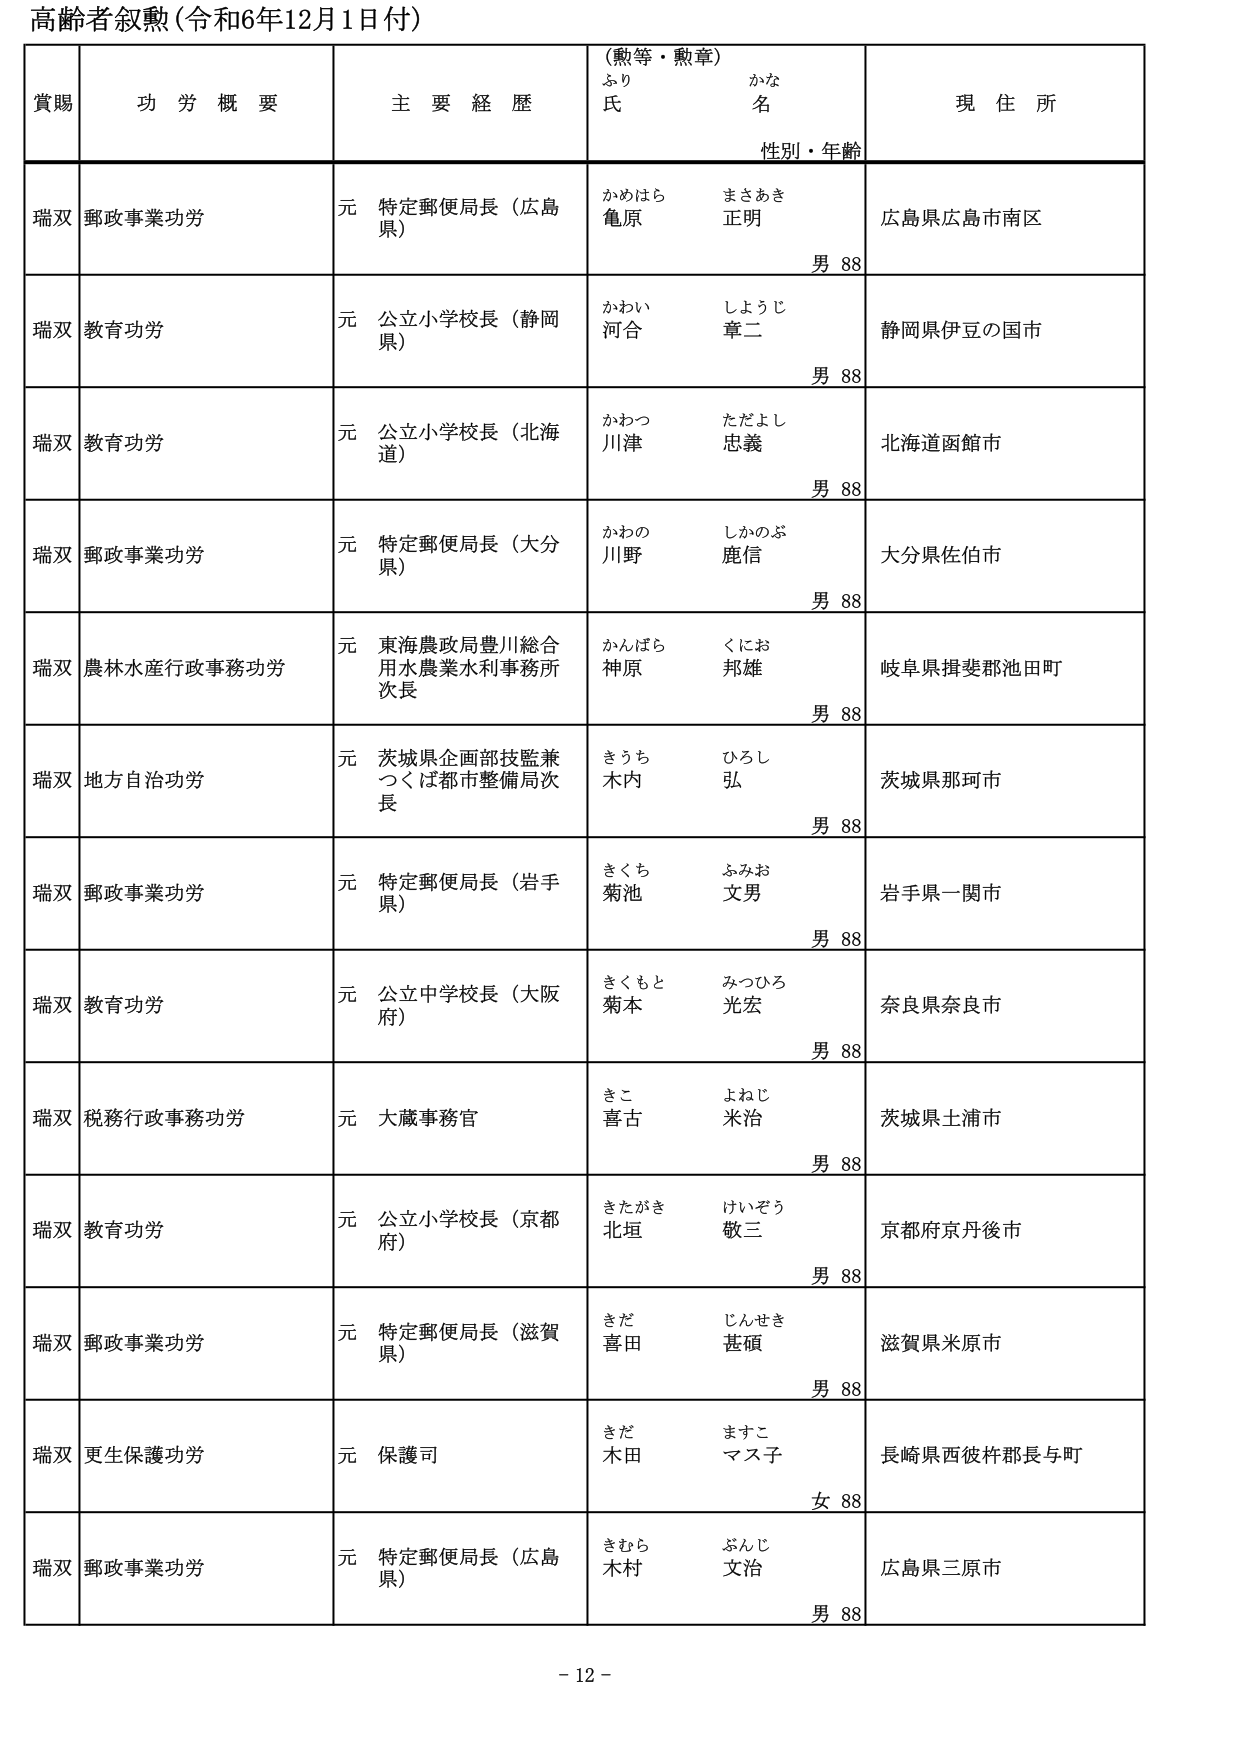
高齢者叙勲（令和6年12月1日付）

賞賜　　功労概要　　主要経歴　　（勲等・勲章）　　現住所
　　　　　　　　　　　　　　ふり　　かな
　　　　　　　　　　　　　　氏　　名
　　　　　　　　　　　　　　性別・年齢

瑞双　郵政事業功労　　元 特定郵便局長（広島県）　　かめはら　　まさあき　　広島県広島市南区
　　　　　　　　　　　　　　　　　　　　　　　　亀原　　正明　　　　　　　　男 88

瑞双　教育功労　　元 公立小学校長（静岡県）　　かわい　　しょうじ　　静岡県伊豆の国市
　　　　　　　　　　　　　　　　　　　　　　　　河合　　章二　　　　　　　　男 88

瑞双　教育功労　　元 公立小学校長（北海道）　　かわつ　　ただよし　　北海道函館市
　　　　　　　　　　　　　　　　　　　　　　　　川津　　忠義　　　　　　　　男 88

瑞双　郵政事業功労　　元 特定郵便局長（大分県）　　かわの　　しかのぶ　　大分県佐伯市
　　　　　　　　　　　　　　　　　　　　　　　　川野　　鹿信　　　　　　　　男 88

瑞双　農林水産行政事務功労　　元 東海農政局豊川総合用水農業水利事務所次長　　かんばら　　くにお　　岐阜県揖斐郡池田町
　　　　　　　　　　　　　　　　　　　　　　　　　　　　　　　　　　　　　　神原　　邦雄　　　　　　　　男 88

瑞双　地方自治功労　　元 茨城県企画部技監兼つくば都市整備局次長　　きうち　　ひろし　　茨城県那珂市
　　　　　　　　　　　　　　　　　　　　　　　　　　　　　　　　　　　　木内　　弘　　　　　　　　　　男 88

瑞双　郵政事業功労　　元 特定郵便局長（岩手県）　　きくち　　ふみお　　岩手県一関市
　　　　　　　　　　　　　　　　　　　　　　　　菊池　　文男　　　　　　　　男 88

瑞双　教育功労　　元 公立中学校長（大阪府）　　きくもと　　みつひろ　　奈良県奈良市
　　　　　　　　　　　　　　　　　　　　　　　　菊本　　光宏　　　　　　　　男 88

瑞双　税務行政事務功労　　元 大蔵事務官　　きこ　　よねじ　　茨城県土浦市
　　　　　　　　　　　　　　　　　　　　　　喜古　　米治　　　　　　　　　　男 88

瑞双　教育功労　　元 公立小学校長（京都府）　　きたがき　　けいぞう　　京都府京丹後市
　　　　　　　　　　　　　　　　　　　　　　　　北垣　　敬三　　　　　　　　男 88

瑞双　郵政事業功労　　元 特定郵便局長（滋賀県）　　きだ　　じんせき　　滋賀県米原市
　　　　　　　　　　　　　　　　　　　　　　　　喜田　　甚碩　　　　　　　　男 88

瑞双　更生保護功労　　元 保護司　　きだ　　ますこ　　長崎県西彼杵郡長与町
　　　　　　　　　　　　　　　　　　　　　　木田　　マス子　　　　　　　　女 88

瑞双　郵政事業功労　　元 特定郵便局長（広島県）　　きむら　　ぶんじ　　広島県三原市
　　　　　　　　　　　　　　　　　　　　　　　　木村　　文治　　　　　　　　男 88

- 12 -